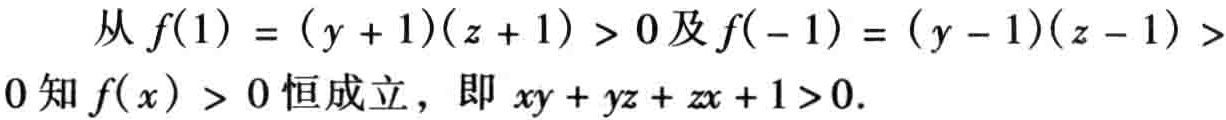
从 \(f(1) = (y + 1)(z + 1) > 0\)及\(f(-1) = (y - 1)(z - 1) > 0\)知\(f(x) > 0\)恒成立，即 \(xy + yz + zx + 1>0\).